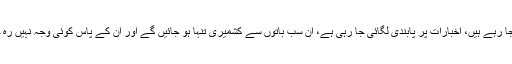
مظاہروں کو کچلنے کے لئے خوفناک اور پر تشدد طریقے استعمال کیے جا رہے ہیں، اخبارات پر پابندی لگائی جا رہی ہے، ان سب باتوں سے کشمیری تنہا ہو جائیں گے اور ان کے پاس کوئی وجہ نہیں رہ جائے گی کہ وہ خود کو بھارت کے ساتھ قریب کرنے کی کوشش کریں ”۔